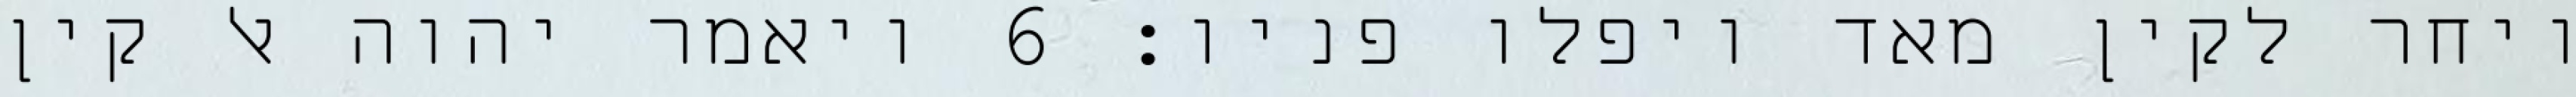
ויחר לקין מאד ויפלו פניו׃ ‎6‏ ויאמר יהוה אל קין